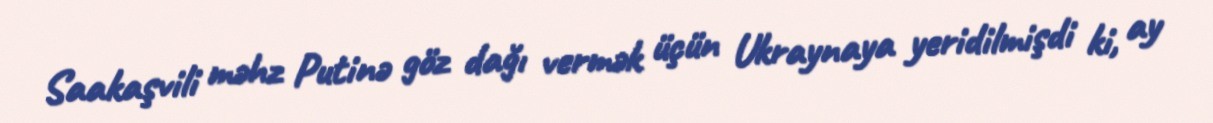
Saakaşvili məhz Putinə göz dağı vermək üçün Ukraynaya yeridilmişdi ki, ay